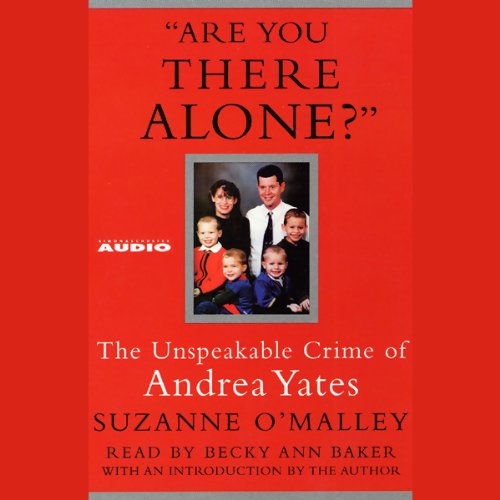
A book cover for Are You There Alone?: The Unspeakable Crime of Andrea Yates; Suzanne O'Malley; Health, Fitness & Dieting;